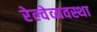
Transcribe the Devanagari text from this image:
रेल्वेव्यवस्था